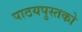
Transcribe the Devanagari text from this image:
पाठयपुस्तको